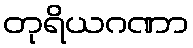
တုရိယဂဏာ